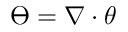
\varTheta = \nabla \cdot \theta